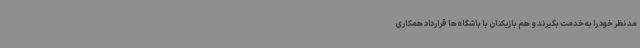
مد نظر خود را به خدمت بگیرند و هم بازیکنان با باشگاه‌ها قرارداد همکاری